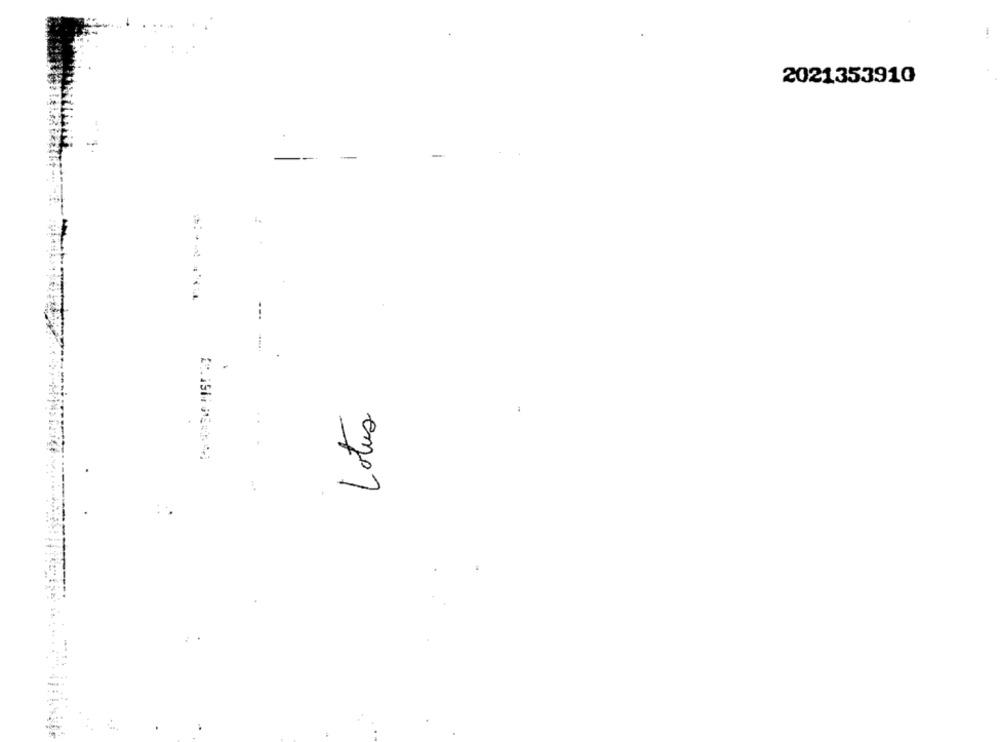
2021353910
Lotus
.. .